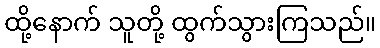
ထို့နောက် သူတို့ ထွက်သွားကြသည်။